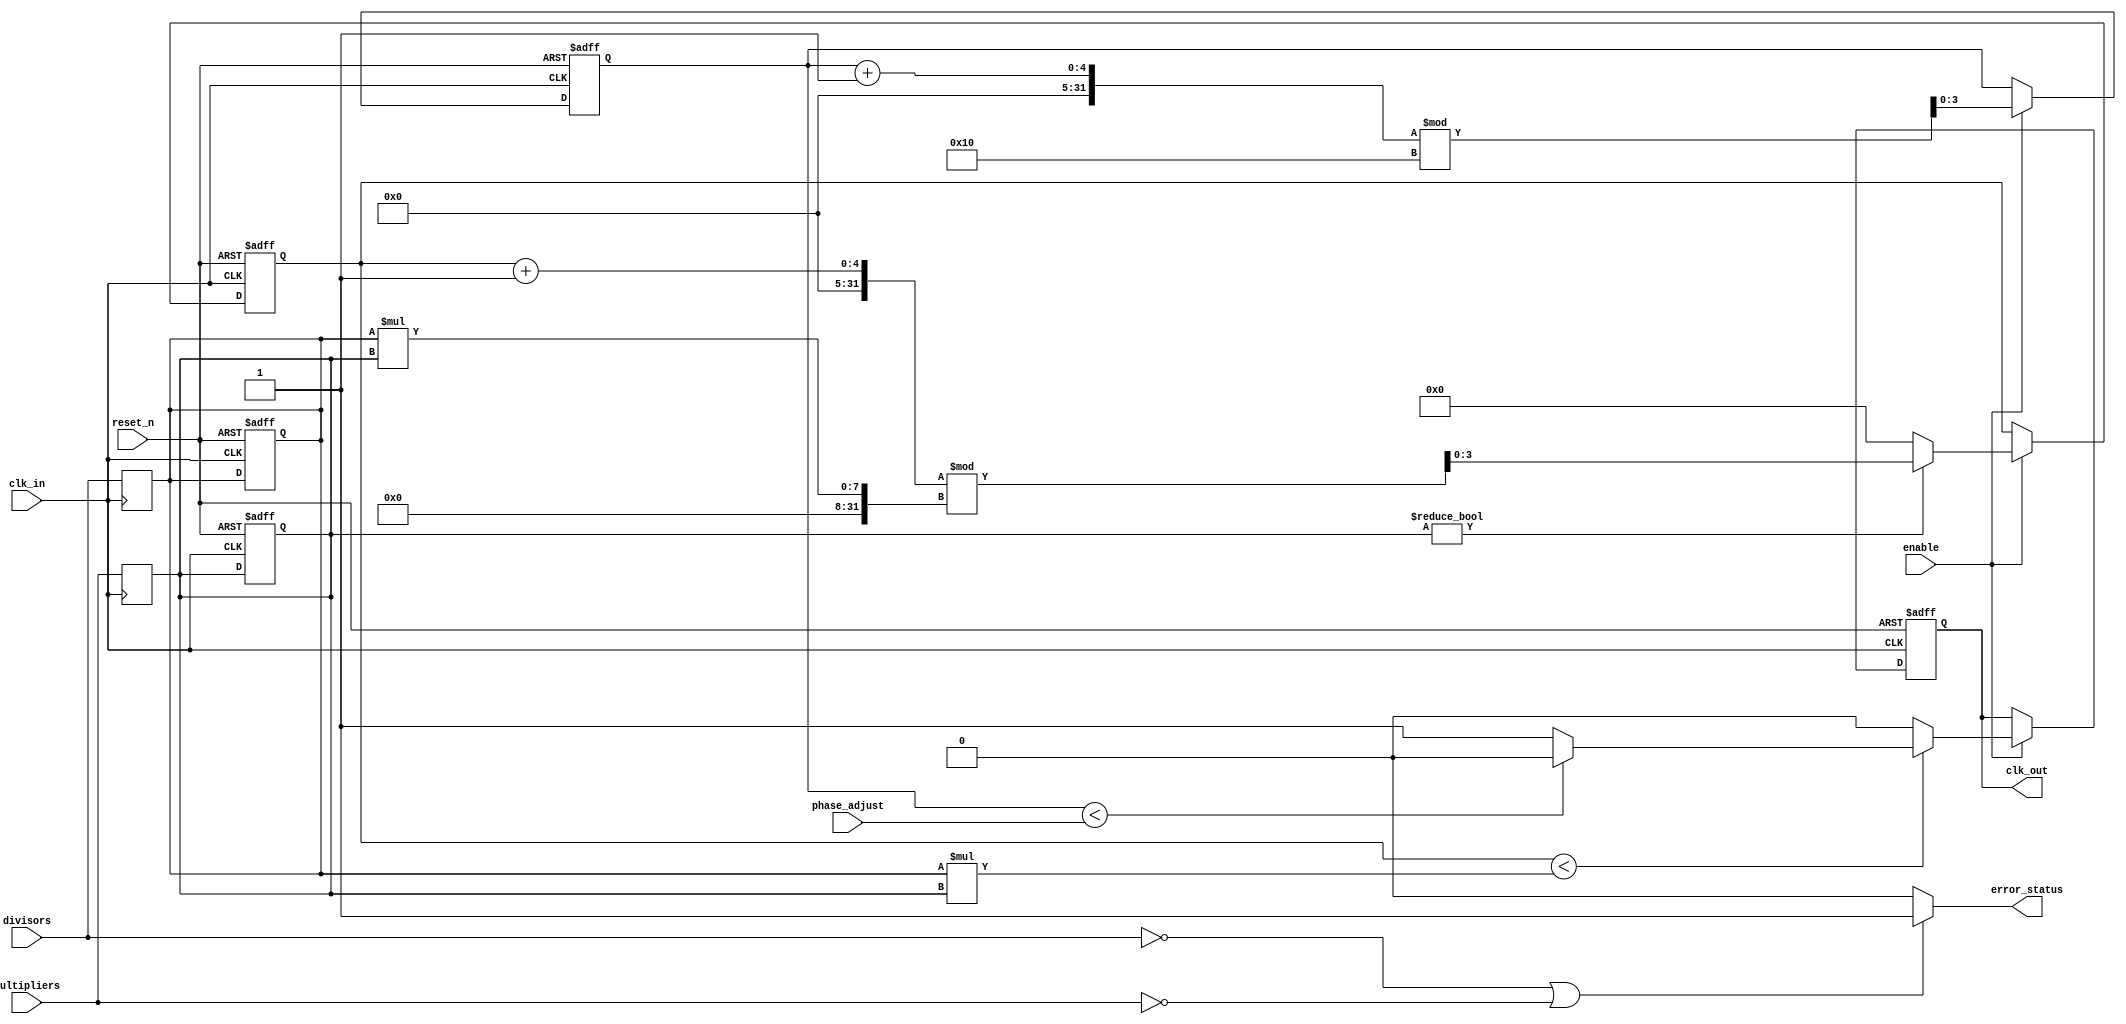
module programmable_clock_buffer (
    input wire clk_in,               // Input clock signal
    input wire reset_n,              // Active low reset
    input wire [3:0] divisors,       // Division factor (0-15)
    input wire [3:0] multipliers,    // Multiplication factor (0-15)
    input wire [3:0] phase_adjust,    // Phase adjustment (0-15)
    input wire enable,                // Enable signal
    output reg clk_out,              // Output clock signal
    output wire error_status          // Error status indicator
);

// Internal registers and parameters
reg [3:0] current_divisor;
reg [3:0] current_multiplier;
reg [3:0] clock_counter;
reg [3:0] phase_counter;

// Error detection circuitry
assign error_status = (divisors == 0 || multipliers == 0) ? 1'b1 : 1'b0;

// Clock management
always @(posedge clk_in or negedge reset_n) begin
    if (!reset_n) begin
        current_divisor <= 4'b0001; // Default division ratio = 1
        current_multiplier <= 4'b0001; // Default multiplication factor = 1
        clk_out <= 0;
        clock_counter <= 0;
        phase_counter <= 0;
    end else if (enable) begin
        // Calculate output clock based on divisor and multiplier
        if (current_multiplier != 4'b0000) begin
            clock_counter <= (clock_counter + 1) % (current_divisor * current_multiplier);
        end else begin
            clock_counter <= 0;
        end

        // Phase adjustment handling
        if (clock_counter < (current_divisor * current_multiplier)) begin
            if (phase_counter < phase_adjust) begin
                clk_out <= 0;  // Hold low phase
            end else begin
                clk_out <= 1;  // Toggle high phase
            end
        end else begin
            clk_out <= 0; // Low state for output clock
        end
        
        // Increment phase_counter for phase adjustment
        phase_counter <= (phase_counter + 1) % 16; // Assuming 16-phase increments
    end
end

// Programmable settings update logic
always @(posedge clk_in) begin
    // Update divisor and multiplier registers based on external settings
    current_divisor <= divisors;
    current_multiplier <= multipliers;
end

endmodule